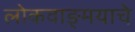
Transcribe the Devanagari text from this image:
लोकवाङ्‌मयाचे